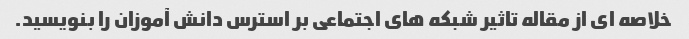
خلاصه ای از مقاله تاثیر شبکه های اجتماعی بر استرس دانش آموزان را بنویسید.